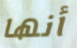
أنها